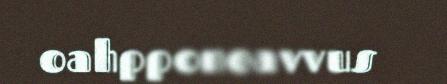
oahpponeavvus